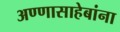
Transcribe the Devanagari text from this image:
अण्णासाहेबांना